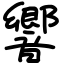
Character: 響